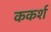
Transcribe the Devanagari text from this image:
ककर्श